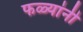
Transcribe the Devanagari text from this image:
फळ्यांनी